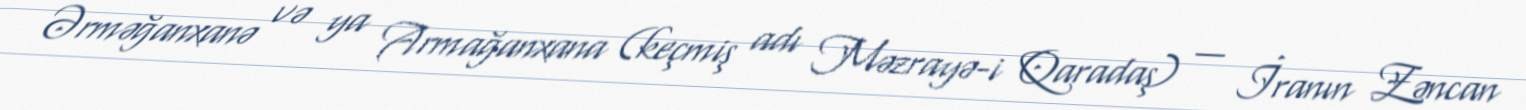
Ərməğanxanə və ya Armağanxana (keçmiş adı Məzrayə-i Qaradaş) — İranın Zəncan